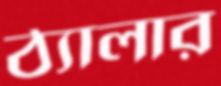
ঠ্যালার